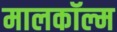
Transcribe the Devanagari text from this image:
मालकॉल्म